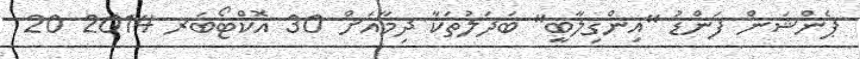
ޕެންޝަން ފަންޑު "އިންގިލާބީ" ބަދަލުތަކާ ދިމާއަށް 30 އޮކްޓޯބަރ 2014 20